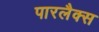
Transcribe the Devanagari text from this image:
पारलैक्स